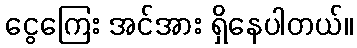
ငွေကြေး အင်အား ရှိနေပါတယ်။